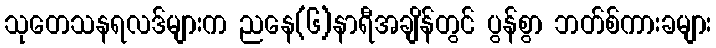
သုတေသနရလဒ်များက ညနေ(၆)နာရီအချိန်တွင် ပွန်စွာ ဘတ်စ်ကားခများ